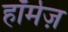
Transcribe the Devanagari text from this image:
हॉर्मज़